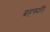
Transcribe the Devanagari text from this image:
ब्रहस्पति